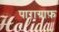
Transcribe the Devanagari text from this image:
पाराग्राफ़